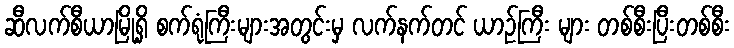
ဆီလက်စီယာမြို့ရှိ စက်ရုံကြီးများအတွင်းမှ လက်နက်တင် ယာဉ်ကြီး များ တစ်စီးပြီးတစ်စီး